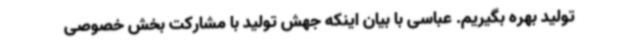
تولید بهره بگیریم. عباسی با بیان اینکه جهش تولید با مشارکت بخش خصوصی